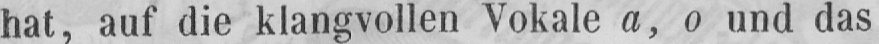
hat, auf die klangvollen Vokale a, o und das